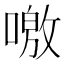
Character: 𠼍